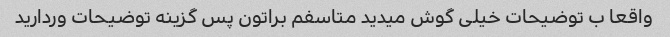
واقعا ب توضیحات خیلی گوش میدید متاسفم براتون پس گزینه توضیحات وردارید